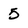
Character: 5